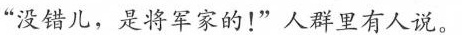
“没错儿，是将军家的!”人群里有人说